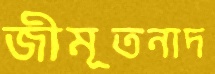
জীমূতনাদ